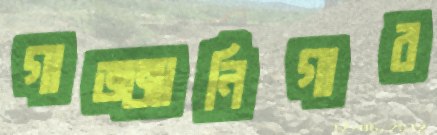
গাজ্জানিগার